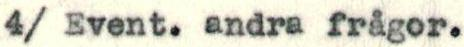
4/ Event. andra frågor.